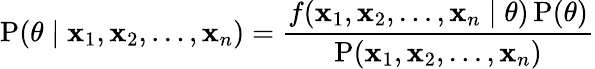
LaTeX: \operatorname{P}(\theta\mid\mathbf{x}_{1},\mathbf{x}_{2},\ldots,\mathbf{x}_{n})={\frac{{f(\mathbf{x}_{1},\mathbf{x}_{2},\ldots,\mathbf{x}_{n}\mid\theta)\operatorname{P}(\theta)}}{{\operatorname{P}(\mathbf{x}_{1},\mathbf{x}_{2},\ldots,\mathbf{x}_{n})}}}